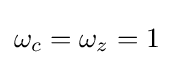
\omega _{c}=\omega _{z}=1